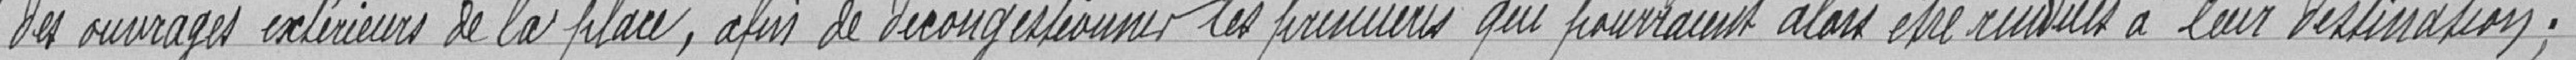
" des ouvrages extérieurs de la place, afin de décongestionner les premières qui pourraient alors être rendues à leur destination;